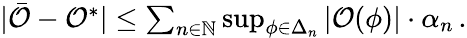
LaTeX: \begin{array}{r}{\vert\bar{\mathcal{O}}-\mathcal{O}^{*}\vert\leq\sum_{n\in\mathbb{N}}\operatorname*{sup}_{\phi\in\Delta_{n}}\left\vert\mathcal{O}(\phi)\right\vert\cdot\alpha_{n}\, .}\end{array}